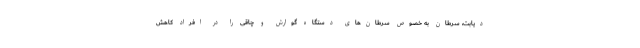
دیابت، سرطان به خصوص سرطان‌های دستگاه گوارش و چاقی را در افراد کاهش